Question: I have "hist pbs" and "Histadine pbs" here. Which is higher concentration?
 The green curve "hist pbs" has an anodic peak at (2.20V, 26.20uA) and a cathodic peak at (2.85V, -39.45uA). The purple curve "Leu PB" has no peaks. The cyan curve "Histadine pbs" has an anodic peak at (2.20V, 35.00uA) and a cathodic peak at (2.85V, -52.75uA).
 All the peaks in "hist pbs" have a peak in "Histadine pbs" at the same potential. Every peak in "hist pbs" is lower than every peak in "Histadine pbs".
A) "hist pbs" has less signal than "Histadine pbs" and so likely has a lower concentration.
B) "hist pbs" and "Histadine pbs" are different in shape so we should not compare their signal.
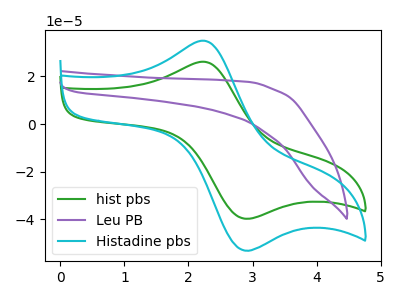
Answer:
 <answer>A) "hist pbs" has less signal than "Histadine pbs" and so likely has a lower concentration.</answer>
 <eval>A</eval>